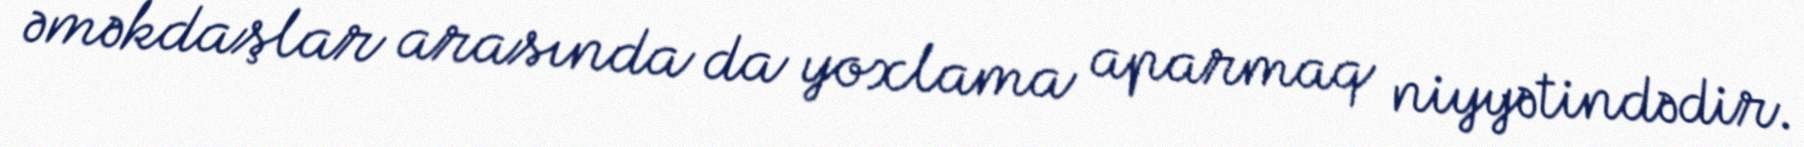
əməkdaşlar arasında da yoxlama aparmaq niyyətindədir.